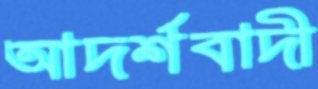
আদর্শবাদী